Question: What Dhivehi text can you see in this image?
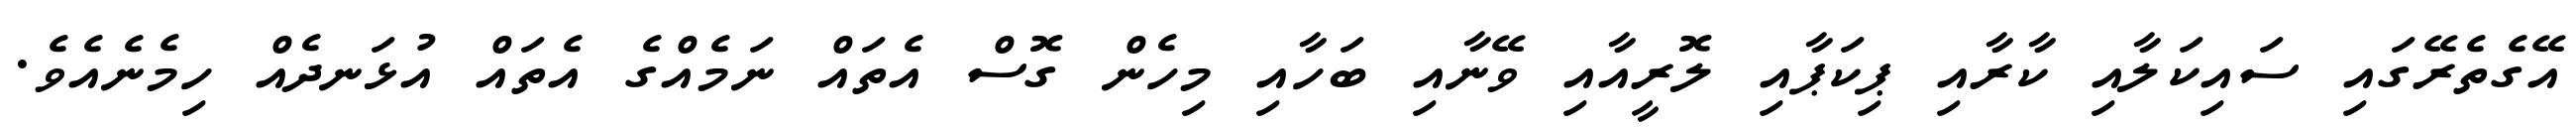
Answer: އޭގެތެރޭގައި ސައިކަލާއި ކާރާއި ޕިކަޕާއި ލޮރީއާއި ވޭނާއި ބަހާއި މިހެން ގޮސް އެތައް ނަމެއްގެ އެތައް އުޅަނދެއް ހިމެނެއެވެ.